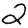
Digit: 2